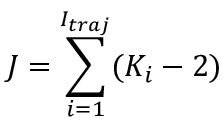
J = \sum _ { i = 1 } ^ { I _ { t r a j } } ( K _ { i } - 2 )